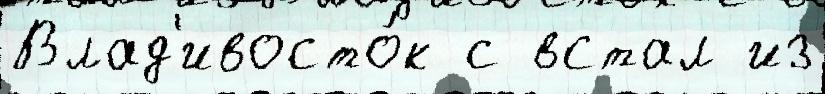
Влад'ивосто́к с встал из